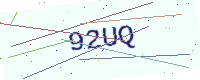
Text: 92UQ